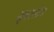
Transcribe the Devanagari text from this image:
सुपरस्टेज